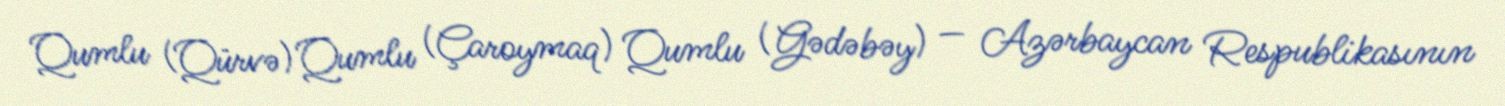
Qumlu (Qürvə) Qumlu (Çaroymaq) Qumlu (Gədəbəy) — Azərbaycan Respublikasının